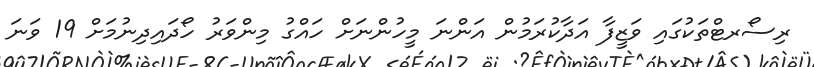
ރިސޯރޓްތަކުގައި ވަޒީފާ އަދާކުރަމުން އަންނަ މީހުންނަށް ހައްގު މިންވަރު ހޯދައިދިނުމަށް 19 ވަނަ